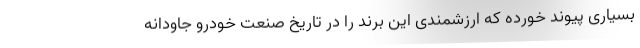
بسیاری پیوند خورده که ارزشمندی این برند را در تاریخ صنعت خودرو جاودانه